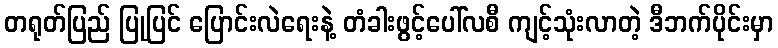
တရုတ်ပြည် ပြုပြင် ပြောင်းလဲရေးနဲ့ တံခါးဖွင့်ပေါ်လစီ ကျင့်သုံးလာတဲ့ ဒီဘက်ပိုင်းမှာ